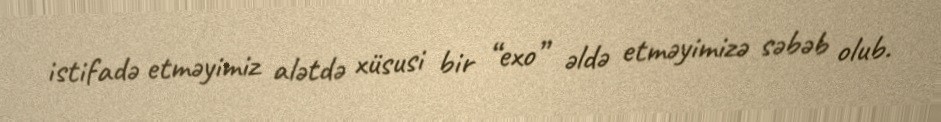
istifadə etməyimiz alətdə xüsusi bir “exo” əldə etməyimizə səbəb olub.